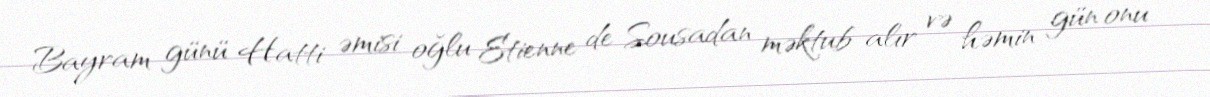
Bayram günü Hatti əmisi oğlu Etienne de Sousadan məktub alır və həmin gün onu